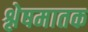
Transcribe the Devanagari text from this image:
श्लेषमातक